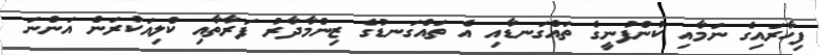
ފިހާރައިގެ ނަމާއި ކުންފުނީގެ ތައްގަނޑާއި އެ ތައްގަނޑުގެ ޒިންމާދާރު ފަރާތާއި ކްލިއަކުރަން އަންނަ